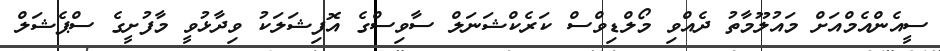
ސީއެންއެމްއަށް މައުލޫމާތު ދެއްވި މޯލްޑިވްސް ކަރެކްޝަނަލް ސާވިސްގެ އޮފިޝަލަކު ވިދާޅުވީ މާފުށީގެ ސްޕެޝަލް